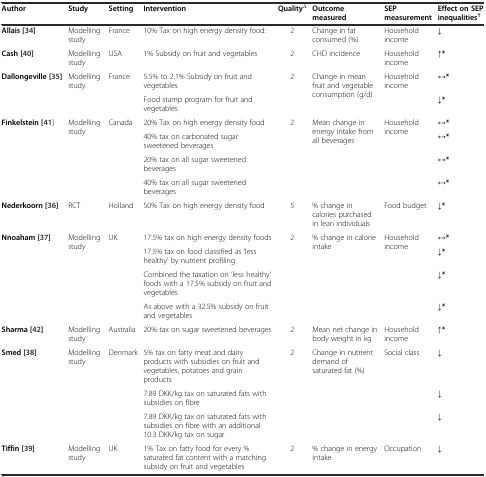
<table><thead><tr><td><b>Author</b></td><td><b>Study</b></td><td><b>Setting</b></td><td><b>Intervention</b></td><td><b>Quality<sup>∆</sup></b></td><td><b>Outcome measured</b></td><td><b>SEP measurement</b></td><td><b>Effect on SEP inequalities<sup>†</sup></b></td></tr></thead><tbody><tr><td><b>Allais [</b>34<b>]</b></td><td>Modelling study</td><td>France</td><td>10% Tax on high energy density food:</td><td>2</td><td>Change in fat consumed (%)</td><td>Household income</td><td><b>↓</b></td></tr><tr><td><b>Cash [</b>40<b>]</b></td><td>Modelling study</td><td>USA</td><td>1% Subsidy on fruit and vegetables</td><td>2</td><td>CHD incidence</td><td>Household income</td><td><b>↑*</b></td></tr><tr><td rowspan="2"><b>Dallongeville</b><b>[</b>35<b>]</b></td><td rowspan="2">Modelling study</td><td rowspan="2">France</td><td>5.5% to 2.1% Subsidy on fruit and vegetables</td><td rowspan="2">2</td><td rowspan="2">Change in mean fruit and vegetable consumption (g/d)</td><td rowspan="2">Household income</td><td><b>↔*</b></td></tr><tr><td>Food stamp program for fruit and vegetables</td><td><b>↓*</b></td></tr><tr><td rowspan="4"><b>Finkelstein [</b>41]</td><td rowspan="4">Modelling study</td><td rowspan="4">Canada</td><td>20% Tax on high energy density food</td><td rowspan="4">2</td><td rowspan="4">Mean change in energy intake from all beverages</td><td rowspan="4">Household income</td><td><b>↔*</b></td></tr><tr><td>40% tax on carbonated sugar sweetened beverages</td><td><b>↔*</b></td></tr><tr><td>20% tax on all sugar sweetened beverages</td><td><b>↔*</b></td></tr><tr><td>40% tax on all sugar sweetened beverages</td><td><b>↔*</b></td></tr><tr><td><b>Nederkoorn</b><b>[</b>36<b>]</b></td><td>RCT</td><td>Holland</td><td>50% Tax on high energy density food</td><td>5</td><td>% change in calories purchased in lean individuals</td><td>Food budget</td><td><b>↓*</b></td></tr><tr><td rowspan="4"><b>Nnoaham [</b>37<b>]</b></td><td rowspan="4">Modelling study</td><td rowspan="4">UK</td><td>17.5% tax on high energy density foods</td><td rowspan="4">2</td><td rowspan="4">% change in calorie intake</td><td rowspan="4">Household income</td><td><b>↔*</b></td></tr><tr><td>17.5% tax on food classified as ‘less healthy’ by nutrient profiling</td><td><b>↓*</b></td></tr><tr><td>Combined the taxation on ‘less healthy’ foods with a 17.5% subsidy on fruit and vegetables</td><td><b>↓*</b></td></tr><tr><td>As above with a 32.5% subsidy on fruit and vegetables</td><td><b>↓*</b></td></tr><tr><td><b>Sharma</b><b>[</b>42<b>]</b></td><td>Modelling study</td><td>Australia</td><td>20% tax on sugar sweetened beverages</td><td>2</td><td>Mean net change in body weight in kg</td><td>Household income</td><td><b>↑*</b></td></tr><tr><td rowspan="3"><b>Smed</b><b>[</b>38<b>]</b></td><td rowspan="3">Modelling study</td><td rowspan="3">Denmark</td><td>5% tax on fatty meat and dairy products with subsidies on fruit and vegetables, potatoes and grain products</td><td rowspan="3">2</td><td rowspan="3">Change in nutrient demand of saturated fat (%)</td><td rowspan="3">Social class</td><td><b>↓</b></td></tr><tr><td>7.89 DKK/kg tax on saturated fats with subsidies on fibre</td><td><b>↓</b></td></tr><tr><td>7.89 DKK/kg tax on saturated fats with subsidies on fibre with an additional 10.3 DKK/kg tax on sugar</td><td><b>↓</b></td></tr><tr><td><b>Tiffin [</b>39<b>]</b></td><td>Modelling study</td><td>UK</td><td>1% Tax on fatty food for every % saturated fat content with a matching subsidy on fruit and vegetables</td><td>2</td><td>% change in energy intake</td><td>Occupation</td><td><b>↓</b></td></tr></tbody></table>